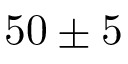
5 0 \pm 5